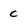
Character: C